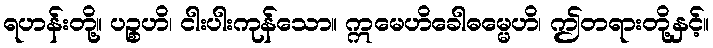
ရဟန်းတို့။ ပဉ္စဟိ၊ ငါးပါးကုန်သော။ ဣမေဟိခေါဓမ္မေဟိ၊ ဤတရားတို့နှင့်။